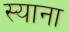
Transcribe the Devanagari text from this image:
स्याना